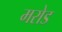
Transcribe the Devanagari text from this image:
मरोड